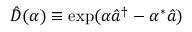
\hat { D } ( \alpha ) \equiv \exp ( \alpha \hat { a } ^ { \dagger } - \alpha ^ { \ast } \hat { a } )